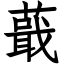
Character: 蕺